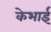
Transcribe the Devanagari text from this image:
केभाई